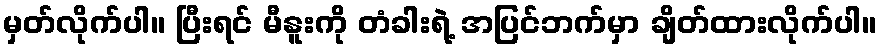
မှတ်လိုက်ပါ။ ပြီးရင် မီနူးကို တံခါးရဲ့ အပြင်ဘက်မှာ ချိတ်ထားလိုက်ပါ။